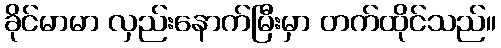
ခိုင်မာမာ လှည်းနောက်မြီးမှာ တက်ထိုင်သည်။